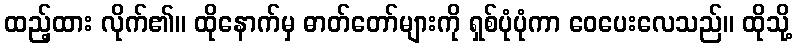
ထည့်ထား လိုက်၏။ ထိုနောက်မှ ဓာတ်တော်များကို ရှစ်ပုံပုံကာ ဝေပေးလေသည်။ ထိုသို့